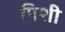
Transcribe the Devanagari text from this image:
पिशी